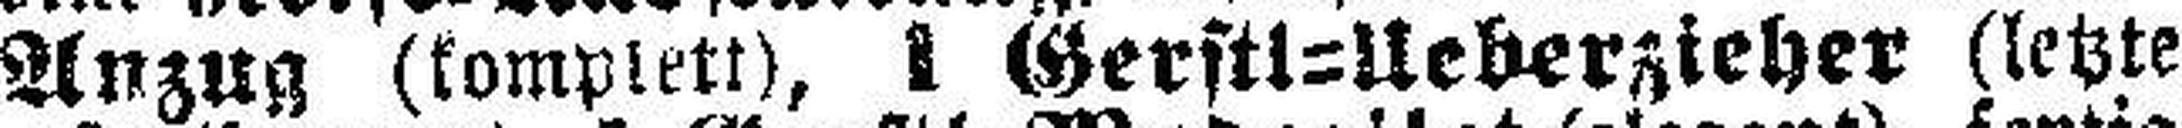
Anzug (komplett), 1 Gerstl=Ueberzieher (letzte